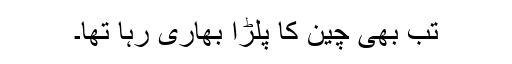
تب بھی چین کا پلڑا بھاری رہا تھا۔